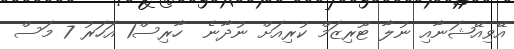
އޭވިއޭޝަނާއި ނުލާ ޓޫރިޒަމް ކުރިއަށް ނުދާނެ  ހާރިސް1 އަހަރު 7 މަސް